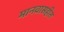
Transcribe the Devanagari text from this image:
मानवासहीत